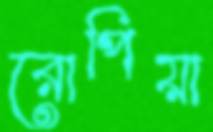
রোপিয়া